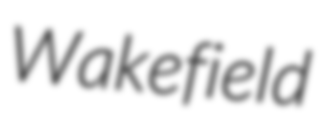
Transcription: Wakefield